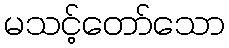
မသင့်တော်သော